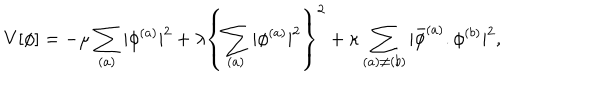
V [ \phi ] = - \mu \sum _ { ( a ) } | \phi ^ { ( a ) } | ^ { 2 } + \lambda \left\{ \sum _ { ( a ) } | \phi ^ { ( a ) } | ^ { 2 } \right\} ^ { 2 } + \kappa \sum _ { ( a ) \neq ( b ) } | \bar { \phi } ^ { ( a ) } . \phi ^ { ( b ) } | ^ { 2 } ,